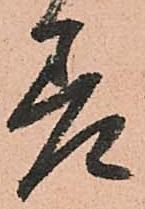
差